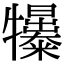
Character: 𤜌